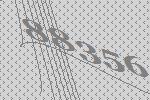
88356